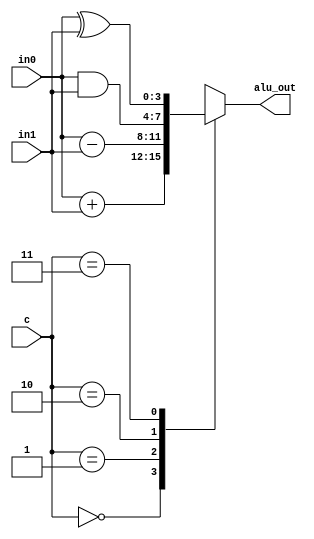
module alu (
        input  wire [1:0] c,
        input  wire [3:0] in0,
        input  wire [3:0] in1,
        output reg  [3:0] alu_out
    );

    always @ (in0, in1, c) begin
        case(c)
            2'b00: alu_out = in0 + in1;
            2'b01: alu_out = in0 - in1;
            2'b10: alu_out = in0 & in1;
            2'b11: alu_out = in0 ^ in1;
        endcase
    end

endmodule